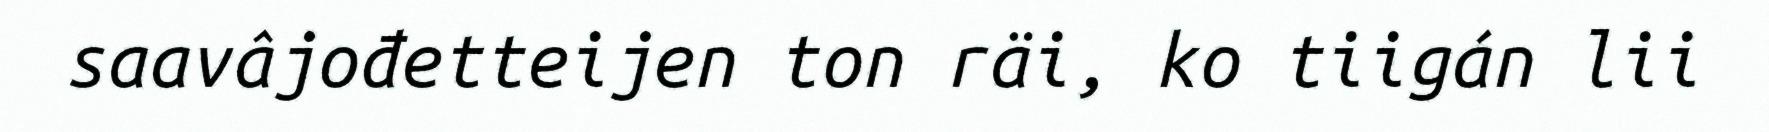
saavâjođetteijen ton räi, ko tiigán lii